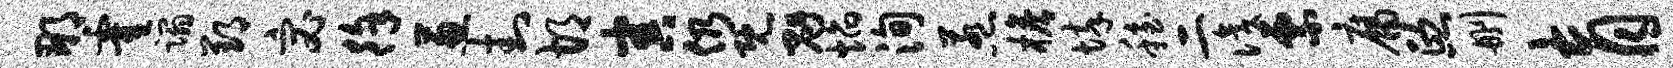
那霍蹋郢宓徐葱封胡害仍既魁焰洵惹檐悴稳二识票腐熙删育